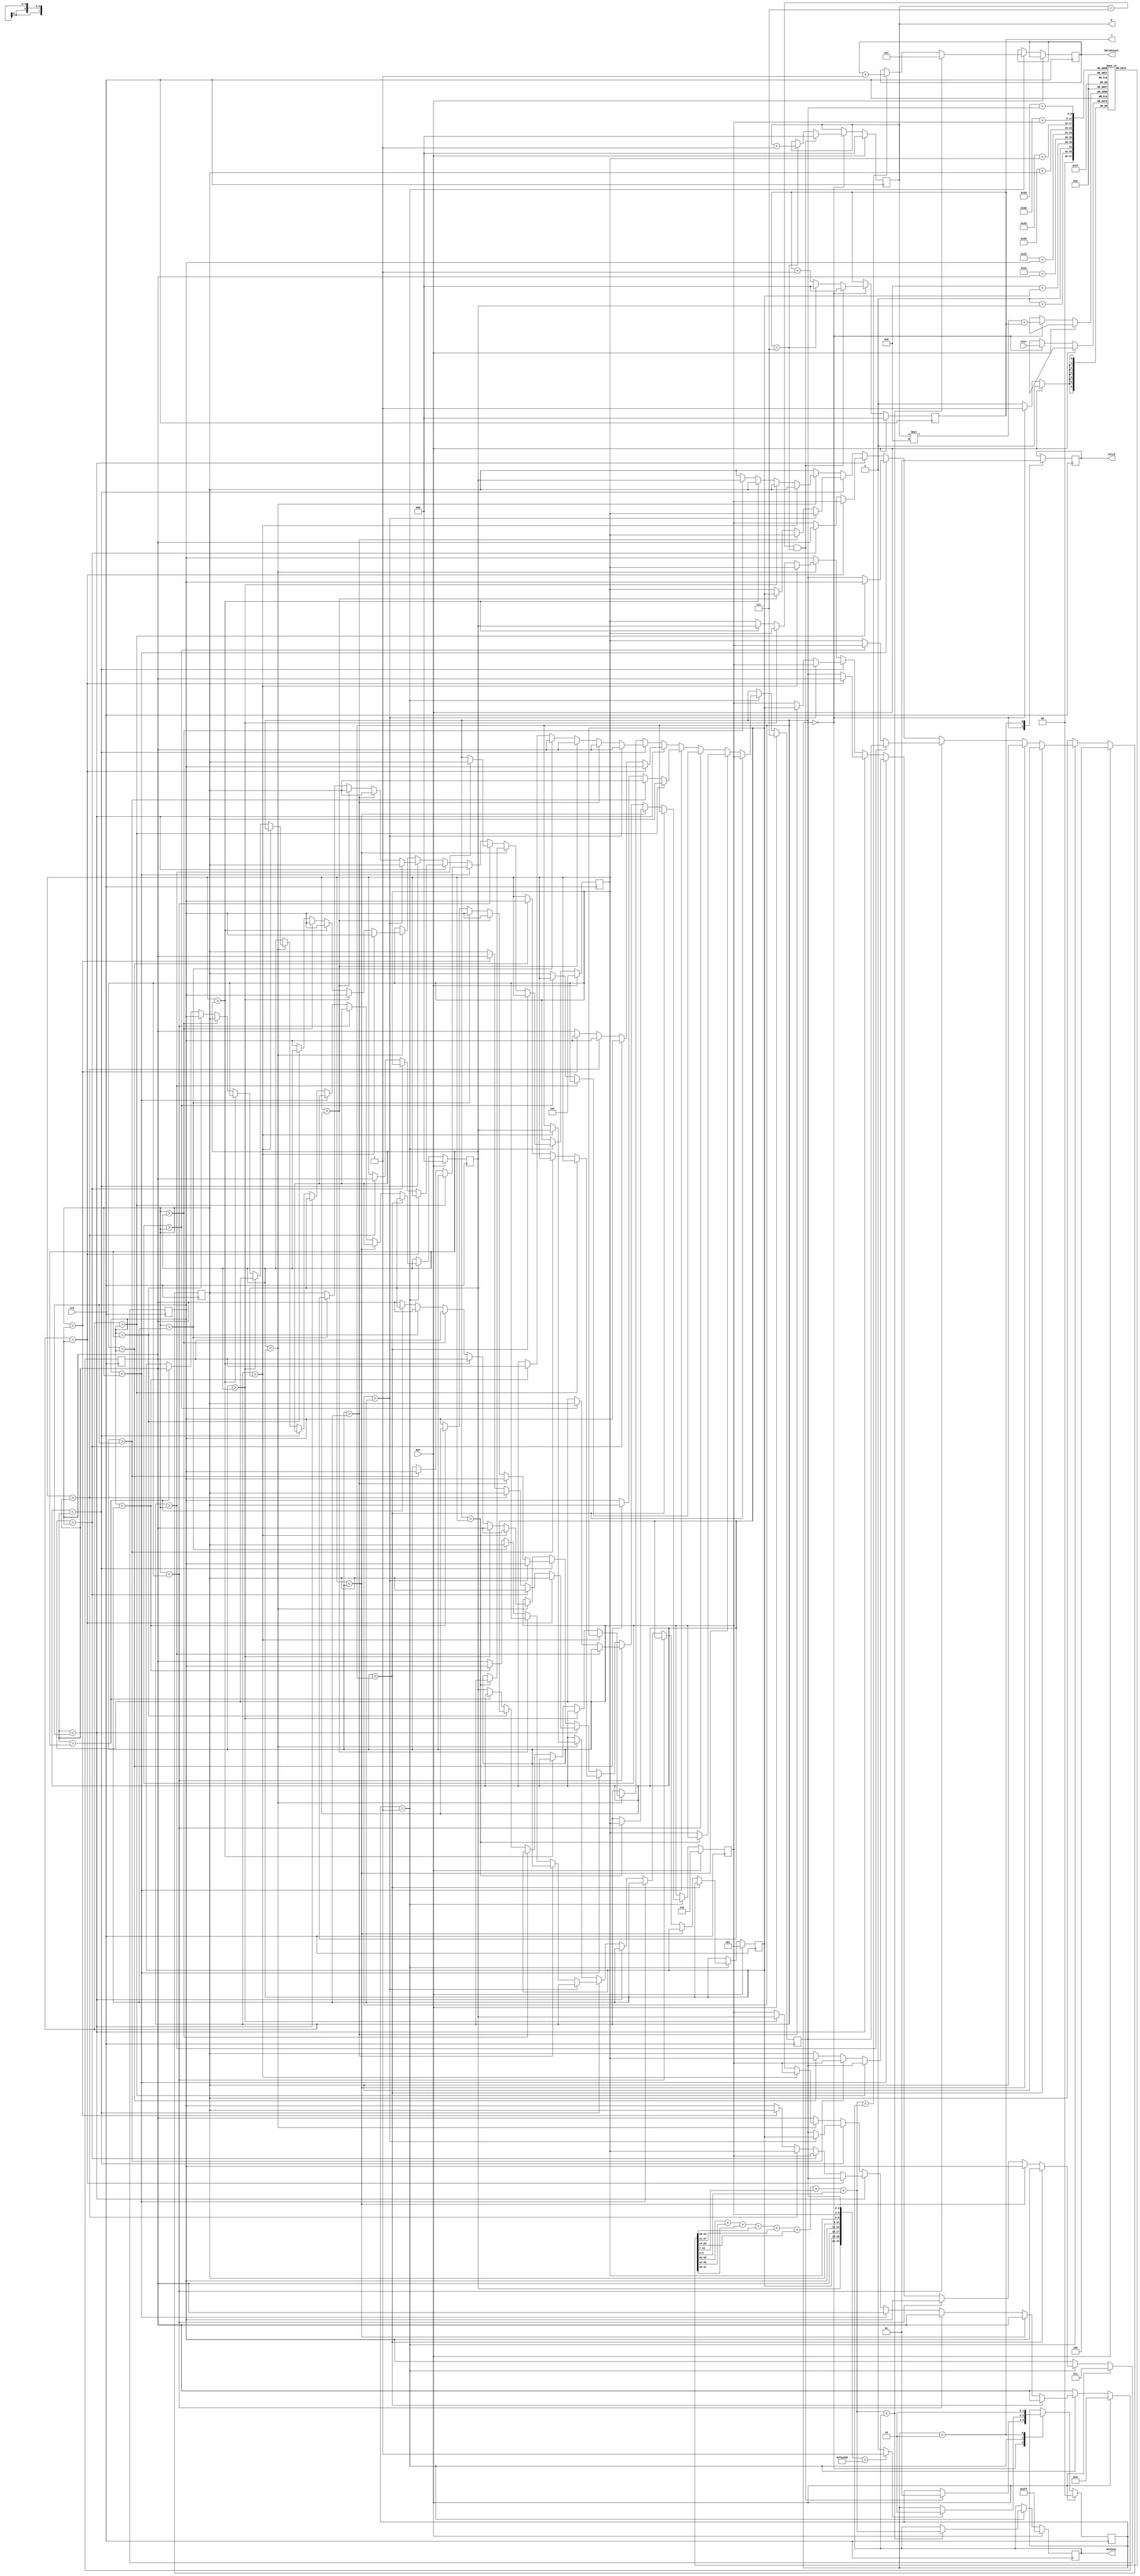
module JAM (
    input CLK,
    input RST,
    output reg [2:0] W,
    output reg [2:0] J,
    input [6:0] Cost,
    output reg [3:0] MatchCount,
    output reg [9:0] MinCost,
    output reg Valid );

    parameter INPUT = 0;
    parameter CALC = 1;
    parameter OUTPUT = 2;
    reg [1:0] state;

    reg [6:0] cost_data [0:7][0:7];  // WorkersJobs
    reg [2:0] job [0:7];  // nWorkerJob = job[n]
    reg [2:0] next_job [0:7];
    
    wire [9:0] TotalCost;
    
    assign TotalCost    = cost_data[0][job[0]]
                        + cost_data[1][job[1]]
                        + cost_data[2][job[2]]
                        + cost_data[3][job[3]]
                        + cost_data[4][job[4]]
                        + cost_data[5][job[5]]
                        + cost_data[6][job[6]]
                        + cost_data[7][job[7]];


    // jobs assignment (by)
    always @(*) begin
        if(job[6] < job[7]) begin // 7>6
            next_job[0] = job[0];
            next_job[1] = job[1];
            next_job[2] = job[2];
            next_job[3] = job[3];
            next_job[4] = job[4];
            next_job[5] = job[5];
            next_job[6] = job[7];
            next_job[7] = job[6];
        end
        else if(job[5] < job[6]) begin // 6>7 & 6>5
            if(job[7] > job[5]) begin // 6>7>5
                next_job[0] = job[0];
                next_job[1] = job[1];
                next_job[2] = job[2];
                next_job[3] = job[3];
                next_job[4] = job[4];
                next_job[5] = job[7];
                next_job[6] = job[5];
                next_job[7] = job[6];
            end
            else begin // 6>5>7
                next_job[0] = job[0];
                next_job[1] = job[1];
                next_job[2] = job[2];
                next_job[3] = job[3];
                next_job[4] = job[4];
                next_job[5] = job[6];
                next_job[6] = job[7];
                next_job[7] = job[5];
            end
        end
        else if(job[4] < job[5]) begin // 5>4 & 5>6>7
            if(job[7] > job[4]) begin // 5>6>7>4
                next_job[0] = job[0];
                next_job[1] = job[1];
                next_job[2] = job[2];
                next_job[3] = job[3];
                next_job[4] = job[7];
                next_job[5] = job[4];
                next_job[6] = job[6];
                next_job[7] = job[5];
            end
            else if(job[6] > job[4]) begin // 5>6>4>7
                next_job[0] = job[0];
                next_job[1] = job[1];
                next_job[2] = job[2];
                next_job[3] = job[3];
                next_job[4] = job[6];
                next_job[5] = job[7];
                next_job[6] = job[4];
                next_job[7] = job[5];
            end
            else begin // 5>4>6>7
                next_job[0] = job[0];
                next_job[1] = job[1];
                next_job[2] = job[2];
                next_job[3] = job[3];
                next_job[4] = job[5];
                next_job[5] = job[7];
                next_job[6] = job[6];
                next_job[7] = job[4];
            end
        end
        else if(job[3] < job[4]) begin // 4>3 & 4>5>6>7
            if(job[7] > job[3]) begin // 4>5>6>7>3
                next_job[0] = job[0];
                next_job[1] = job[1];
                next_job[2] = job[2];
                next_job[3] = job[7];
                next_job[4] = job[3];
                next_job[5] = job[6];
                next_job[6] = job[5];
                next_job[7] = job[4];
            end
            else if(job[6] > job[3]) begin // 4>5>6>3>7
                next_job[0] = job[0];
                next_job[1] = job[1];
                next_job[2] = job[2];
                next_job[3] = job[6];
                next_job[4] = job[7];
                next_job[5] = job[3];
                next_job[6] = job[5];
                next_job[7] = job[4];
            end
            else if(job[5] > job[3]) begin // 4>5>3>6>7
                next_job[0] = job[0];
                next_job[1] = job[1];
                next_job[2] = job[2];
                next_job[3] = job[5];
                next_job[4] = job[7];
                next_job[5] = job[6];
                next_job[6] = job[3];
                next_job[7] = job[4];
            end
            else begin // 4>3>5>6>7
                next_job[0] = job[0];
                next_job[1] = job[1];
                next_job[2] = job[2];
                next_job[3] = job[4];
                next_job[4] = job[7];
                next_job[5] = job[6];
                next_job[6] = job[5];
                next_job[7] = job[3];
            end
        end
        else if(job[2] < job[3]) begin // 3>2 & 3>4>5>6>7
            if(job[7] > job[2]) begin
                next_job[0] = job[0];
                next_job[1] = job[1];
                next_job[2] = job[7];
                next_job[3] = job[2];
                next_job[4] = job[6];
                next_job[5] = job[5];
                next_job[6] = job[4];
                next_job[7] = job[3];
            end
            else if(job[6] > job[2]) begin
                next_job[0] = job[0];
                next_job[1] = job[1];
                next_job[2] = job[6];
                next_job[3] = job[7];
                next_job[4] = job[2];
                next_job[5] = job[5];
                next_job[6] = job[4];
                next_job[7] = job[3];
            end
            else if(job[5] > job[2]) begin
                next_job[0] = job[0];
                next_job[1] = job[1];
                next_job[2] = job[5];
                next_job[3] = job[7];
                next_job[4] = job[6];
                next_job[5] = job[2];
                next_job[6] = job[4];
                next_job[7] = job[3];
            end
            else if(job[4] > job[2]) begin
                next_job[0] = job[0];
                next_job[1] = job[1];
                next_job[2] = job[4];
                next_job[3] = job[7];
                next_job[4] = job[6];
                next_job[5] = job[5];
                next_job[6] = job[2];
                next_job[7] = job[3];
            end
            else begin
                next_job[0] = job[0];
                next_job[1] = job[1];
                next_job[2] = job[3];
                next_job[3] = job[7];
                next_job[4] = job[6];
                next_job[5] = job[5];
                next_job[6] = job[4];
                next_job[7] = job[2];
            end
        end
        else if(job[1] < job[2]) begin // 2>1 & 2>3>4>5>6>7
            if(job[7] > job[1]) begin
                next_job[0] = job[0];
                next_job[1] = job[7];
                next_job[2] = job[1];
                next_job[3] = job[6];
                next_job[4] = job[5];
                next_job[5] = job[4];
                next_job[6] = job[3];
                next_job[7] = job[2];
            end
            else if(job[6] > job[1]) begin
                next_job[0] = job[0];
                next_job[1] = job[6];
                next_job[2] = job[7];
                next_job[3] = job[1];
                next_job[4] = job[5];
                next_job[5] = job[4];
                next_job[6] = job[3];
                next_job[7] = job[2];
            end
            else if(job[5] > job[1]) begin
                next_job[0] = job[0];
                next_job[1] = job[5];
                next_job[2] = job[7];
                next_job[3] = job[6];
                next_job[4] = job[1];
                next_job[5] = job[4];
                next_job[6] = job[3];
                next_job[7] = job[2];
            end
            else if(job[4] > job[1]) begin
                next_job[0] = job[0];
                next_job[1] = job[4];
                next_job[2] = job[7];
                next_job[3] = job[6];
                next_job[4] = job[5];
                next_job[5] = job[1];
                next_job[6] = job[3];
                next_job[7] = job[2];
            end
            else if(job[3] > job[1]) begin
                next_job[0] = job[0];
                next_job[1] = job[3];
                next_job[2] = job[7];
                next_job[3] = job[6];
                next_job[4] = job[5];
                next_job[5] = job[4];
                next_job[6] = job[1];
                next_job[7] = job[2];
            end
            else begin
                next_job[0] = job[0];
                next_job[1] = job[2];
                next_job[2] = job[7];
                next_job[3] = job[6];
                next_job[4] = job[5];
                next_job[5] = job[4];
                next_job[6] = job[3];
                next_job[7] = job[1];
            end
        end
        else if(job[0] < job[1]) begin // 1>0 & 1>2>3>4>5>6>7
            if(job[7] > job[0]) begin
                next_job[0] = job[7];
                next_job[1] = job[0];
                next_job[2] = job[6];
                next_job[3] = job[5];
                next_job[4] = job[4];
                next_job[5] = job[3];
                next_job[6] = job[2];
                next_job[7] = job[1];
            end
            else if(job[6] > job[0]) begin
                next_job[0] = job[6];
                next_job[1] = job[7];
                next_job[2] = job[0];
                next_job[3] = job[5];
                next_job[4] = job[4];
                next_job[5] = job[3];
                next_job[6] = job[2];
                next_job[7] = job[1];
            end
            else if(job[5] > job[0]) begin
                next_job[0] = job[5];
                next_job[1] = job[7];
                next_job[2] = job[6];
                next_job[3] = job[0];
                next_job[4] = job[4];
                next_job[5] = job[3];
                next_job[6] = job[2];
                next_job[7] = job[1];
            end
            else if(job[4] > job[0]) begin
                next_job[0] = job[4];
                next_job[1] = job[7];
                next_job[2] = job[6];
                next_job[3] = job[5];
                next_job[4] = job[0];
                next_job[5] = job[3];
                next_job[6] = job[2];
                next_job[7] = job[1];
            end
            else if(job[3] > job[0]) begin
                next_job[0] = job[3];
                next_job[1] = job[7];
                next_job[2] = job[6];
                next_job[3] = job[5];
                next_job[4] = job[4];
                next_job[5] = job[0];
                next_job[6] = job[2];
                next_job[7] = job[1];
            end
            else if(job[2] > job[0]) begin
                next_job[0] = job[2];
                next_job[1] = job[7];
                next_job[2] = job[6];
                next_job[3] = job[5];
                next_job[4] = job[4];
                next_job[5] = job[3];
                next_job[6] = job[0];
                next_job[7] = job[1];
            end
            else begin
                next_job[0] = job[1];
                next_job[1] = job[7];
                next_job[2] = job[6];
                next_job[3] = job[5];
                next_job[4] = job[4];
                next_job[5] = job[3];
                next_job[6] = job[2];
                next_job[7] = job[0];
            end
        end
        else begin // 0>1>2>3>4>5>6>7 Final
            next_job[0] = job[0];
            next_job[1] = job[1];
            next_job[2] = job[2];
            next_job[3] = job[3];
            next_job[4] = job[4];
            next_job[5] = job[5];
            next_job[6] = job[6];
            next_job[7] = job[7];
        end
    end

    wire done;

    assign done = ({job[0], job[1], job[2], job[3], job[4], job[5], job[6], job[7]} == 24'o76543210) ? 1 : 0;

    always @(posedge CLK) begin
        if(RST) begin  // reset
            W <= 0;
            J <= 0;
            state <= INPUT;
            MinCost <= 1023;

            job[0] <= 0;  // initial jobs
            job[1] <= 1;
            job[2] <= 2;
            job[3] <= 3;
            job[4] <= 4;
            job[5] <= 5;
            job[6] <= 6;
            job[7] <= 7;
        end
        else begin
            case (state)
                INPUT: begin
                    cost_data[W][J] <= Cost;
                    if(W == 7 && J == 7) begin
                        J <= 0;
                        W <= 0;
                        state <= CALC;  // next state
                    end
                    else if(J == 7) begin
                        W <= W + 1;
                        J <= 0;
                    end
                    else begin
                        J <= J + 1;
                    end   
                end
                CALC: begin
                    // MinCost, MatchCount
                    if(TotalCost < MinCost) begin  // smaller
                        MinCost <= TotalCost;
                        MatchCount <= 1;
                    end
                    else if(TotalCost == MinCost) begin  // equal
                        MatchCount <= MatchCount + 1;
                    end

                    // Jobs assignment
                    if(done) begin
                        state <= OUTPUT;  // next state
                    end
                    job[0] <= next_job[0];
                    job[1] <= next_job[1];
                    job[2] <= next_job[2];
                    job[3] <= next_job[3];
                    job[4] <= next_job[4];
                    job[5] <= next_job[5];
                    job[6] <= next_job[6];
                    job[7] <= next_job[7];
                end
                OUTPUT: begin
                    state <= OUTPUT;
                end
            endcase
        end
    end

    always @(negedge CLK) begin
        case (state)
            INPUT: begin
                Valid <= 0;
            end
            OUTPUT: begin
                Valid <= 1;
            end
        endcase
    end

endmodule